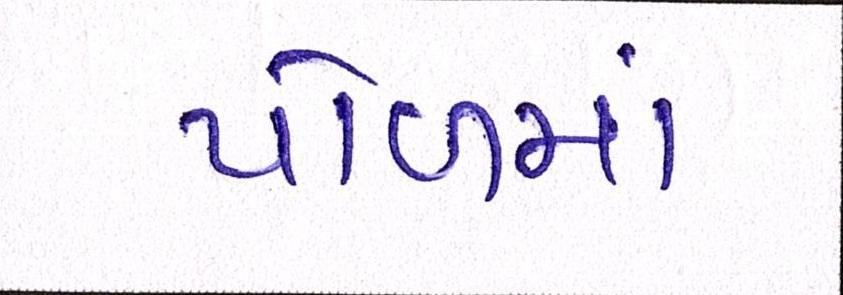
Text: પોળમાં